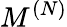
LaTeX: M^{(N)}